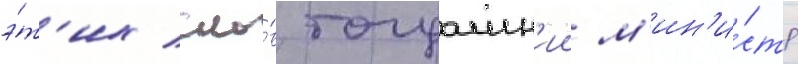
э́т'их сло́в тогдашн'ии м'ин'и́стр